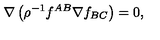
\nabla \left( \rho ^ { - 1 } f ^ { A B } \nabla f _ { B C } \right) = 0 ,